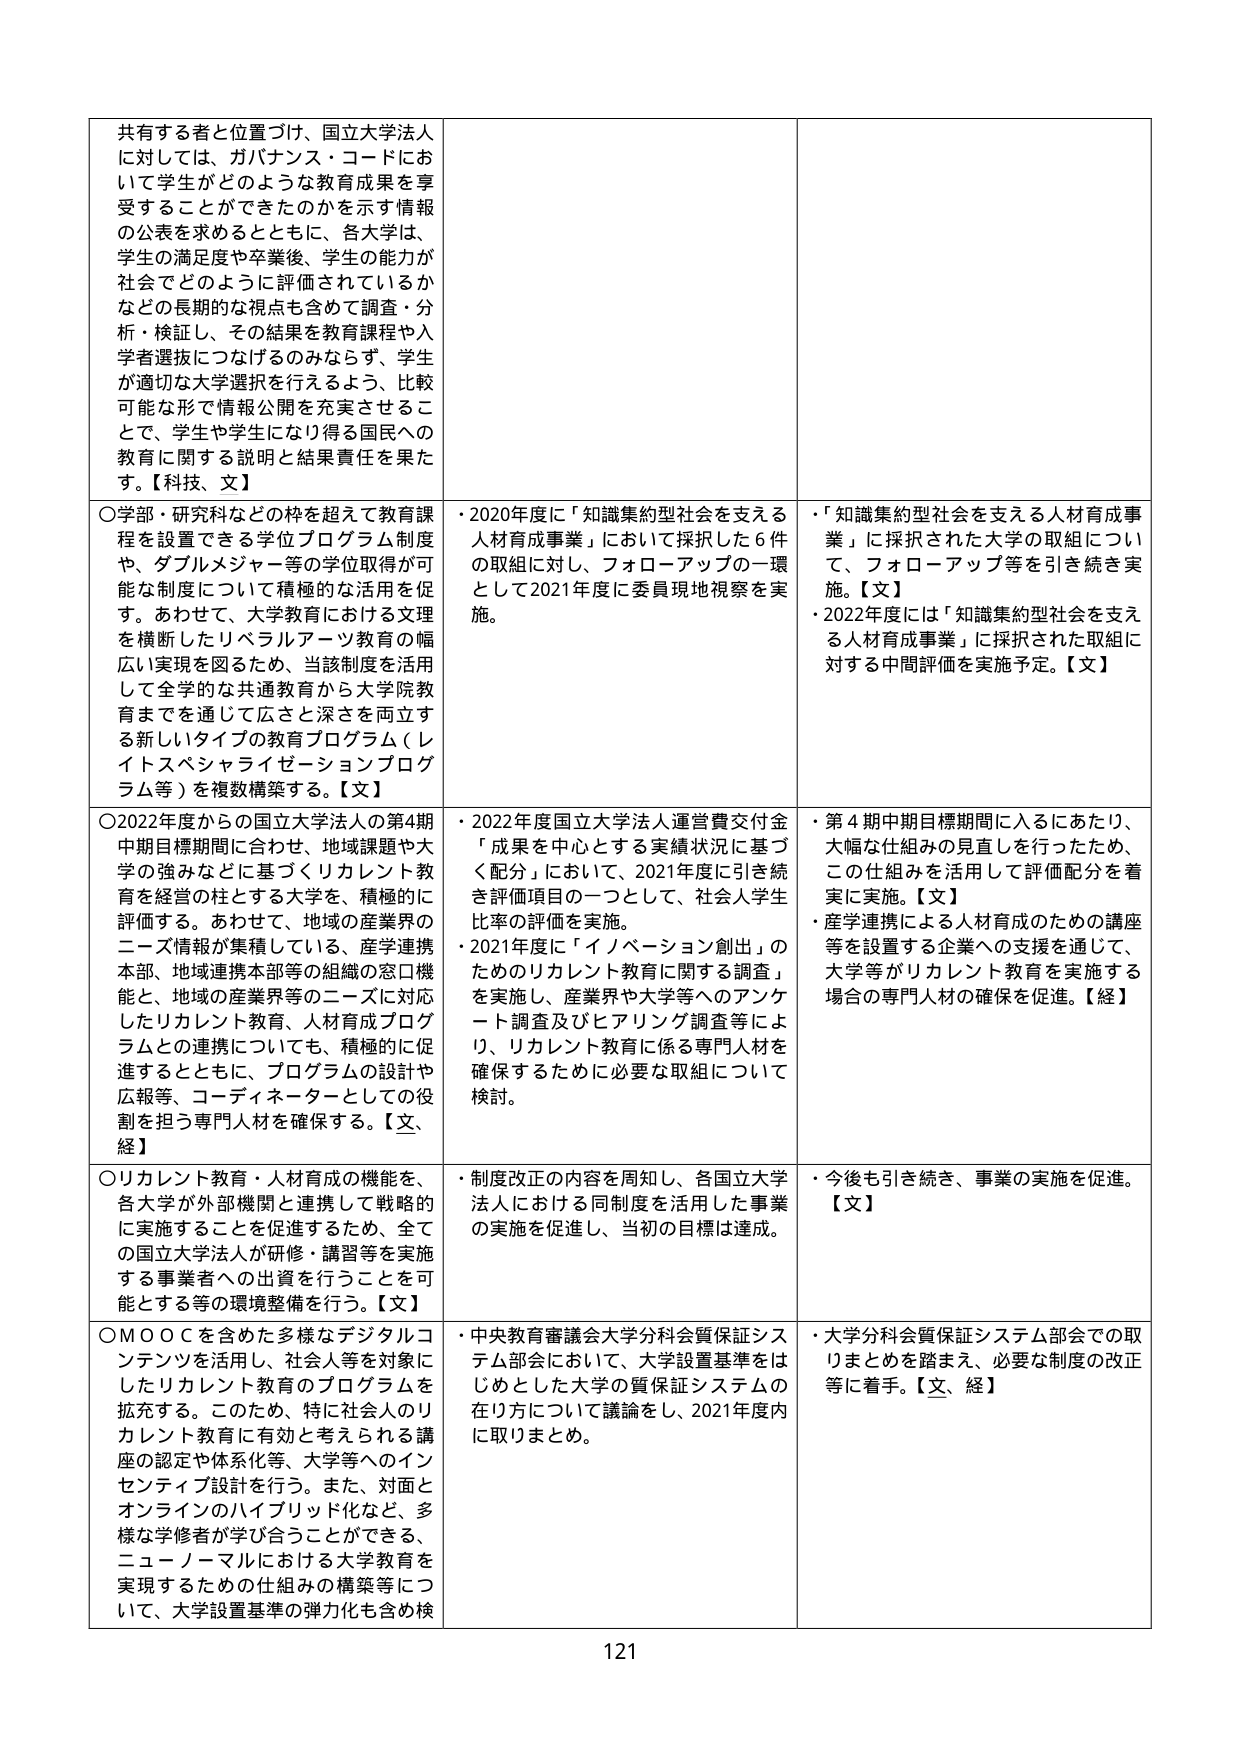
共有する者と位置づけ、国立大学法人に対しては、ガバナンス・コードにおいて学生がどのような教育成果を享受することができたのかを示す情報の公表を求めるとともに、各大学は、学生の満足度や卒業後、学生の能力が社会でどのように評価されているかなどの長期的な視点も含めて調査・分析・検証し、その結果を教育課程や入学者選抜につなげるのみならず、学生が適切な大学選択を行えるよう、比較可能な形で情報公開を充実させることで、学生や学生になり得る国民への教育に関する説明と結果責任を果たす。【科技、文】

○学部・研究科などの枠を超えて教育課程を設置できる学位プログラム制度や、ダブルメジャー等の学位取得が可能な制度について積極的な活用を促す。あわせて、大学教育における文理を横断したリベラルアーツ教育の幅広い実現を図るため、当該制度を活用して全学的な共通教育から大学院教育までを通りて広さと深さを両立する新しいタイプの教育プログラム（レイトスペシャライゼーションプログラム等）を複数構築する。【文】

○2022年度からの国立大学法人の第4期中期目標期間に合わせ、地域課題や大学の強みなどに基づくリカレント教育を経営の柱とする大学を、積極的に評価する。あわせて、地域の産業界のニーズ情報が集積している、産学連携本部、地域連携本部等の組織の窓口機能と、地域の産業界等のニーズに対応したリカレント教育・人材育成プログラムとの連携についても、積極的に促進するとともに、プログラムの設計や広報等、コーディネーターとしての役割を担う専門人材を確保する。【文、経】

○リカレント教育・人材育成の機能を、各大学が外部機関と連携して戦略的に実施することを促進するため、全ての国立大学法人が研修・講習等を実施する事業者への出資を行うことを可能とする等の環境整備を行う。【文】

○MOOCを含めた多様なデジタルコンテンツを活用し、社会人等を対象にしたリカレント教育のプログラムを拡充する。このため、特に社会人のリカレント教育に有効と考えられる講座の認定や体系化等、大学等へのインセンティブ設計を行う。また、対面とオンラインのハイブリッド化など、多様な学修者が学び合うことができる、ニューノーマルにおける大学教育を実現するための仕組みの構築等について、大学設置基準の弾力化も含め検

・2020年度に「知識集約型社会を支える人材育成事業」において採択された6件の取組に対し、フォローアップの一環として2021年度に委員現地視察を実施。

・2022年度国立大学法人運営費交付金「成果を中心とする実績状況に基づく配分」において、2021年度に引き続き評価項目の一つとして、社会人学生比率の評価を実施。

・2021年度に「イノベーション創出」のためのリカレント教育に関する調査」を実施し、産業界や大学等へのアンケート調査及びヒアリング調査等により、リカレント教育に係る専門人材を確保するために必要な取組について検討。

・制度改正の内容を周知し、各国立大学法人における同制度を活用した事業の実施を促進し、当初の目標は達成。

・中央教育審議会大学分科会質保証システム部会において、大学設置基準をはじめとした大学の質保証システムの在り方について議論をし、2021年度内に取りまとめ。

・「知識集約型社会を支える人材育成事業」に採択された大学の取組について、フォローアップ等を引き続き実施。【文】

・2022年度には「知識集約型社会を支える人材育成事業」に採択された取組に対する中間評価を実施予定。【文】

・第4期中期目標期間に入るにあたり、大幅な仕組みの見直しを行ったため、この仕組みを活用して評価配分を着実に実施。【文】

・産学連携による人材育成のための講座等を設置する企業への支援を通じて、大学等がリカレント教育を実施する場合の専門人材の確保を促進。【経】

・今後も引き続き、事業の実施を促進。【文】

・大学分科会質保証システム部会での取りまとめを踏まえ、必要な制度の改正等に着手。【文、経】

121